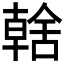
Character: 𮍿